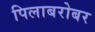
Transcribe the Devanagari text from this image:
पिलाबरोबर